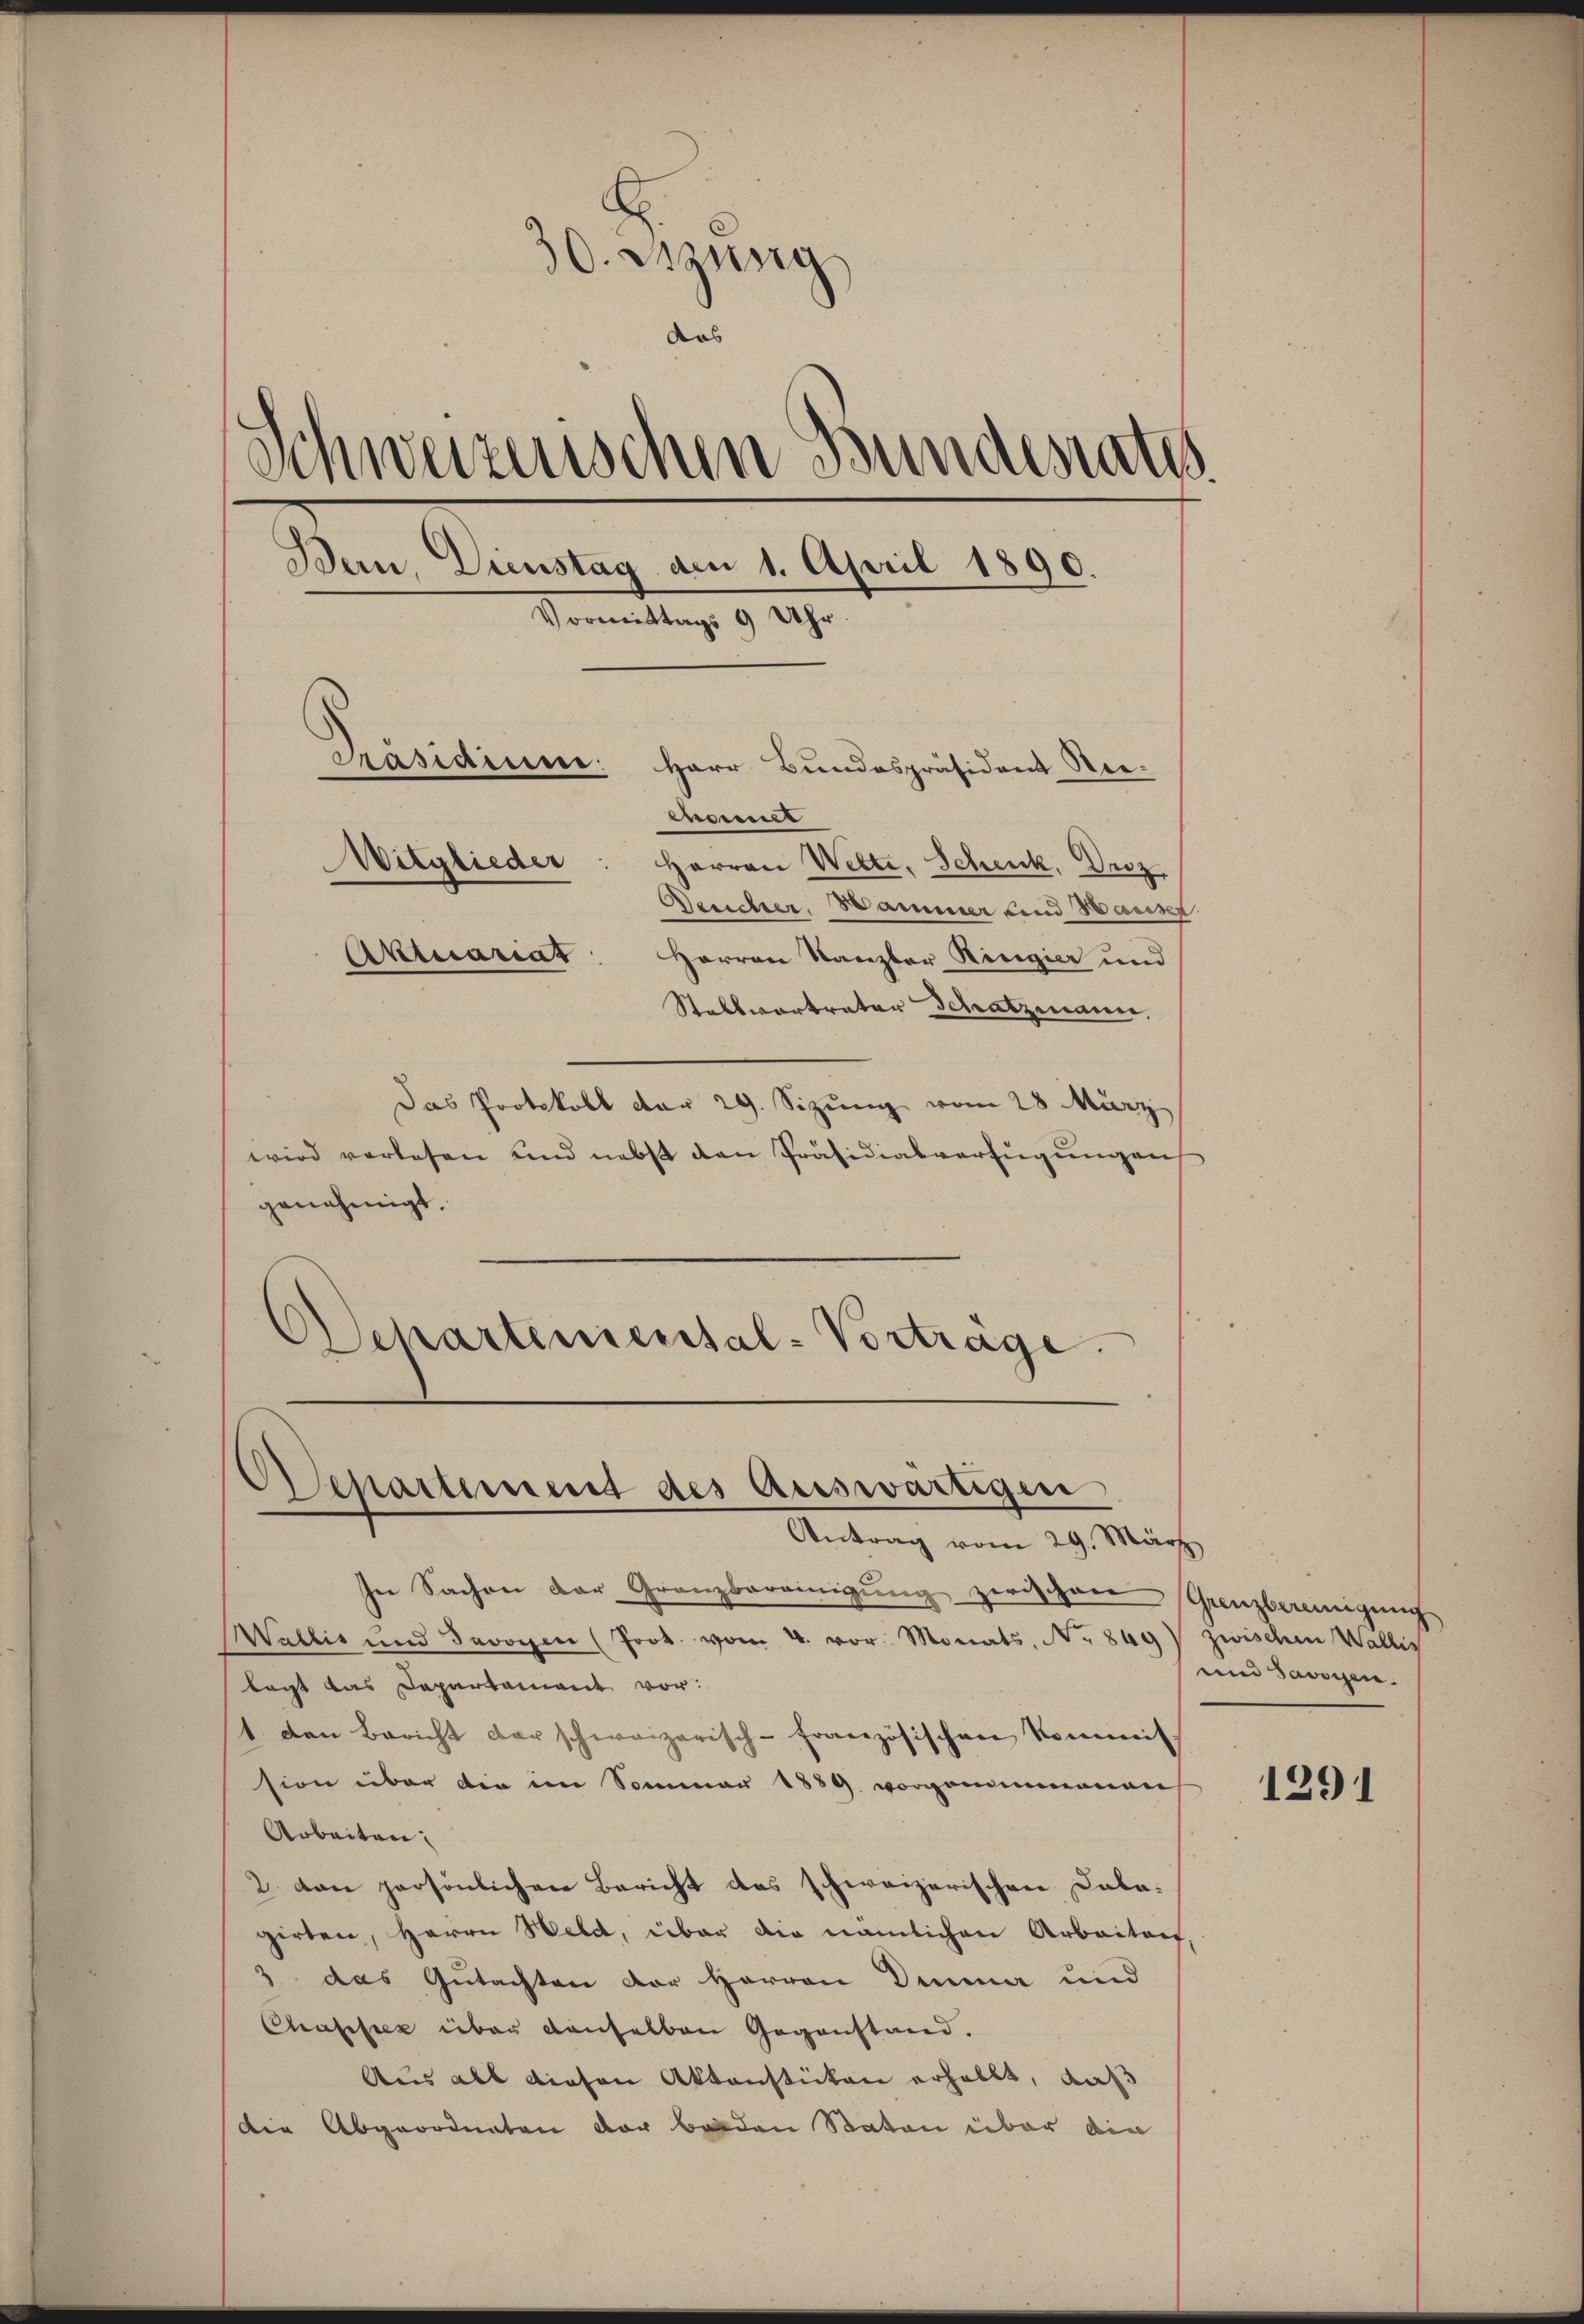
30. Jung
das
Schweizerischen Bundesrates
Bern, Dienstag am 1. April 1890.
Vormittags 9 Uhr.
Präsidium.
Herr Bundespräsident Reieneiner
Mitglieder: Herren Wette, Schenk, Droz.
Deeicher, Hammer und Hauser.
Aktuariat: Herren Kanzler Ringier und
Stallvertrater Schatzmann,

Das Protokoll der 29. Sizung vom 28 März
wird verlesen und nebst den Präsidialverfügungen
genehmigt.
Departiniental-Vorträge.

Separtement des Auswärtigen
Antrag vom 29. März

In Sachen der Granzbereinigung zwischen Grenzbereinigung
Wallis und Jerogen (Prot. vom 4. vor. Monats, No. 869
legt das Departament vor:
1 den Bericht der schweizerisch-französischen kommitsion über die im Sommer 1889 vorgenommenen
Arbeiten:
2. von persönlichen Bericht des schweizerischen Cabagirten, Herrn Held, über die nämlichen Arbeitert,
3 das Gutachten der Herren Dinna und
Chaschick über denselben Gegenstand.
Aus als diesen Aktenstücken erhallt, daß
die Abgeordneten der beiden Staten über die

zwischen Wallis
und Savoyen.

1291